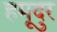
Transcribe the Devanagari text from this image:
हमूदुर